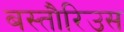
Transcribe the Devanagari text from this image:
बस्तौरिउस